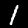
Label: 1